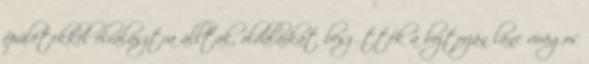
épületekkel elválasztva álltak, oldalaikat beszőtték a bojtorján lánc virágos